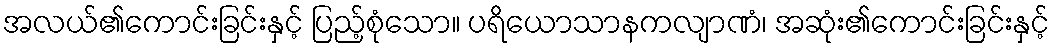
အလယ်၏ကောင်းခြင်းနှင့် ပြည့်စုံသော။ ပရိယောသာနကလျာဏံ၊ အဆုံး၏ကောင်းခြင်းနှင့်